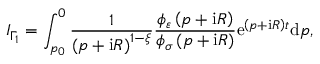
I _ { \Gamma _ { 1 } } = \int _ { p _ { 0 } } ^ { 0 } \frac { 1 } { \left( p + \mathrm { i } R \right) ^ { 1 - \xi } } \frac { \phi _ { \varepsilon } \left( p + \mathrm { i } R \right) } { \phi _ { \sigma } \left( p + \mathrm { i } R \right) } \mathrm { e } ^ { \left( p + \mathrm { i } R \right) t } \mathrm { d } p ,